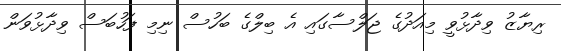
ރިޔާޒު ވިދާޅުވީ މިއަދުގެ ޖަލްސާގައި އެ ބިލްގެ ބަހުސް ނިމި ފަހުބަސް ވިދާޅުވަން